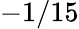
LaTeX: -1/15